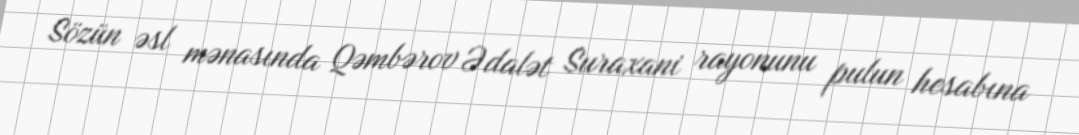
Sözün əsl mənasında Qəmbərov Ədalət Suraxani rayonunu pulun hesabına